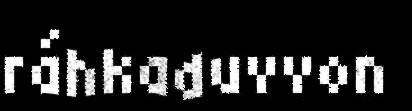
ráhkaduvvon